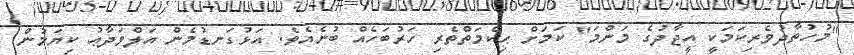
"މުހުތާދުވެރިކަމަކީ އީޖާދުގެ މަންމަ" ކަމަށް ޙިކްމަތްތެރި ހަރުބަހެއް ބުނެއެވެ. އަޅުގަނޑުމެން އަލްވަދާޢު ކިޔަމުން